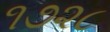
૧૭૨૮